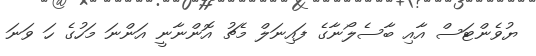
ޔުވެންޓަސް އާއި ބާސެލޯނާގެ ފައިނަލް މެޗު އޮންނާނީ އަންނަ މަހުގެ ހަ ވަނަ